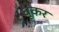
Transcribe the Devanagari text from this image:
धूकर